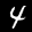
Label: 4